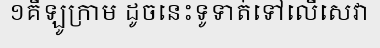
១គីឡូក្រាម ដូចនេះទូទាត់ទៅលើសេវា